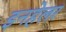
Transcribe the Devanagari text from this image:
इनहेलर